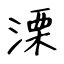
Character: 溧